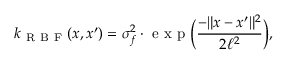
k _ { \mathrm { ~ R ~ B ~ F ~ } } ( \boldsymbol { x } , \boldsymbol { x ^ { \prime } } ) = \sigma _ { f } ^ { 2 } \cdot \mathrm { ~ e ~ x ~ p ~ } \Big ( \frac { - \lVert \boldsymbol { x } - \boldsymbol { x ^ { \prime } } \rVert ^ { 2 } } { 2 \ell ^ { 2 } } \Big ) ,